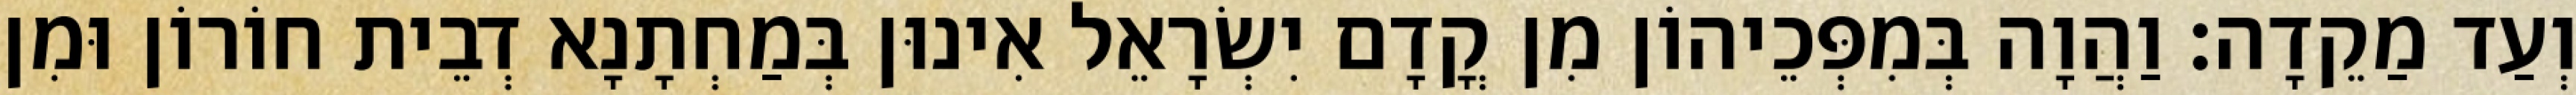
וְעַד מַקֵדָה׃ וַהֲוָה בְּמִפְּכֵיהוֹן מִן קֳדָם יִשְׂרָאֵל אִינוּן בְּמַחְתָנָא דְבֵית חוֹרוֹן וּמִן